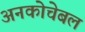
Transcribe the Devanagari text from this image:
अनकोचेबल